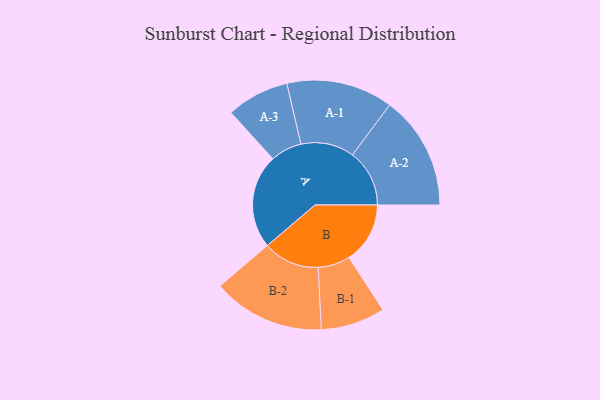
{"axis": {"x": "Segment", "y": "Value"}, "legend": ["", "A", "B"], "data": [{"x": "A", "y": 352, "type": ""}, {"x": "B", "y": 228, "type": ""}, {"x": "A-1", "y": 199, "type": "A"}, {"x": "A-2", "y": 213, "type": "A"}, {"x": "A-3", "y": 117, "type": "A"}, {"x": "B-1", "y": 120, "type": "B"}, {"x": "B-2", "y": 210, "type": "B"}]}